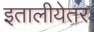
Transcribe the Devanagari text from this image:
इतालीयेतर